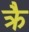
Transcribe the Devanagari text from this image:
क्रै